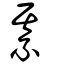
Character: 綦